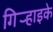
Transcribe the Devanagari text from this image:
गिर्‍हाइके